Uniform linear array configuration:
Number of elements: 12
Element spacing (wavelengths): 0.5
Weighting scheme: binomial
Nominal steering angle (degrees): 60
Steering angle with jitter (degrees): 59.144
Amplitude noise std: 0.05
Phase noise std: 0.05

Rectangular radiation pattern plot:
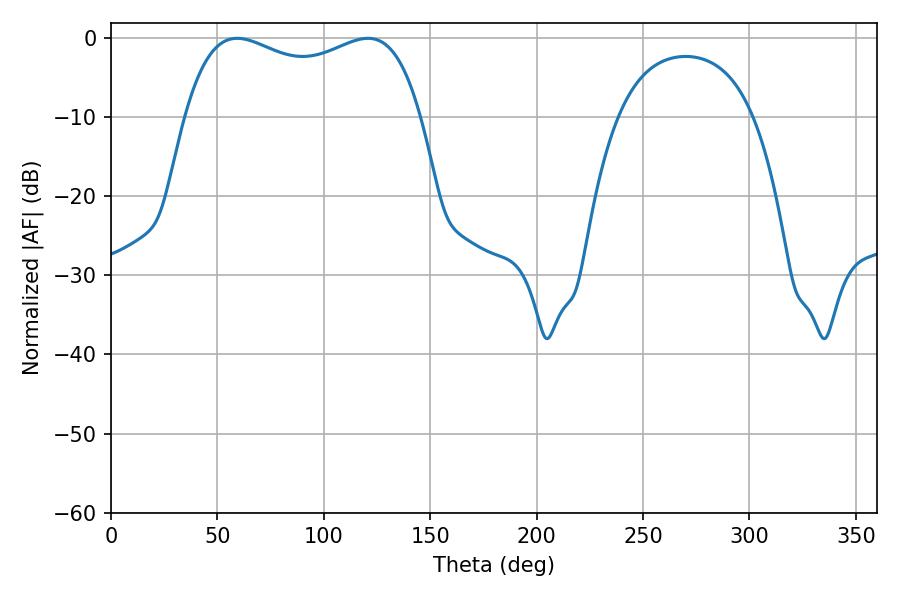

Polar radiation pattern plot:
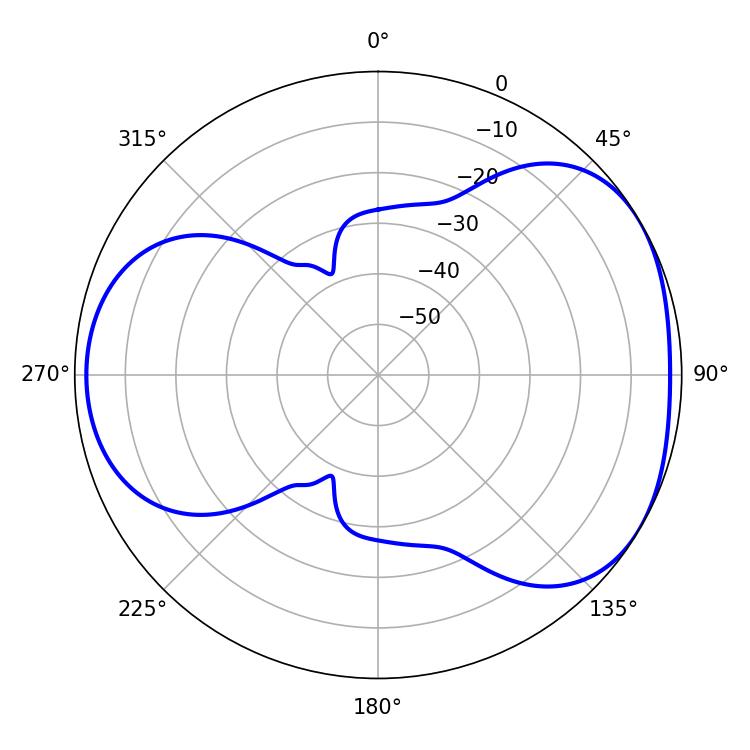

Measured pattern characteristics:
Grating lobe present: FALSE
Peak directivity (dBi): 4.25
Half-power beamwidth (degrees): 91.08
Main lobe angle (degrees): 59.22